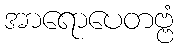
အာရောပေတဗ္ဗံ